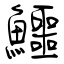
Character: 鱷